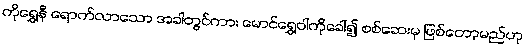
ကိုရွှေနီ ရောက်လာသော အခါတွင်ကား မောင်ရွှေဝါကိုခေါ်၍ စစ်ဆေးမှ ဖြစ်တော့မည်ဟု